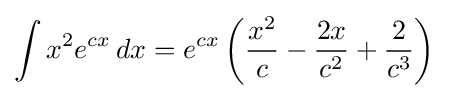
\int x^{2}e^{cx}\,dx=e^{cx}\left({\frac {x^{2}}{c}}-{\frac {2x}{c^{2}}}+{\frac {2}{c^{3}}}\right)